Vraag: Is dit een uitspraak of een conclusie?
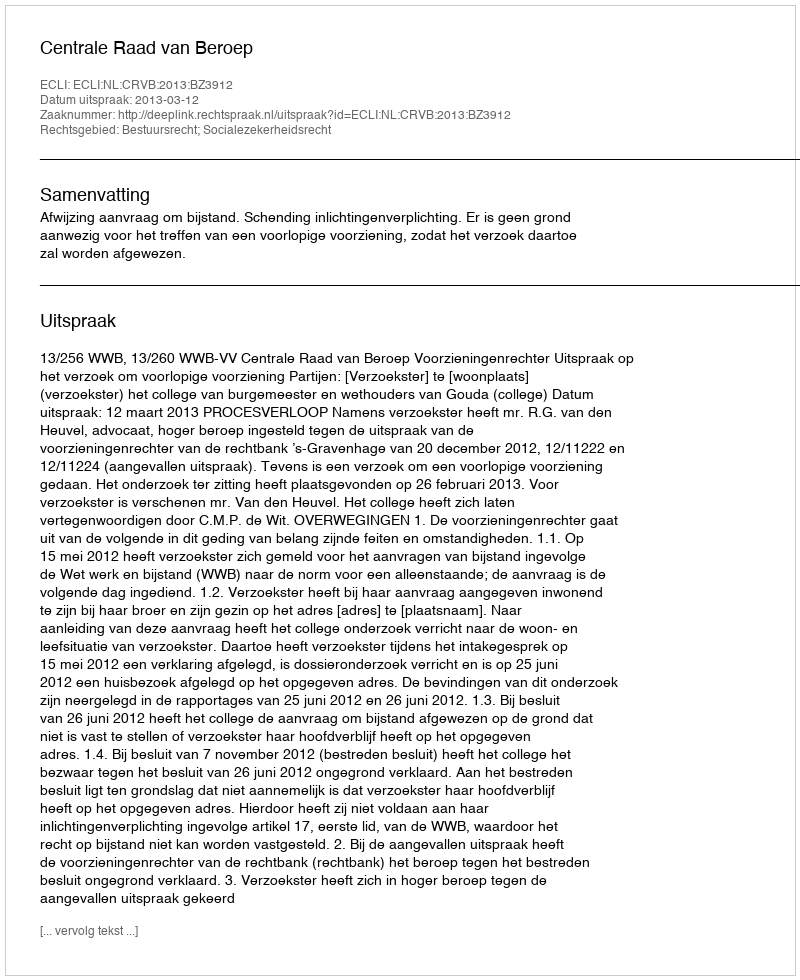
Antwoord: Uitspraak